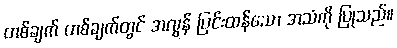
တစ်ချက် တစ်ချက်တွင် အလွန် ပြင်းထန်သော အသံကို ပြုသည်။